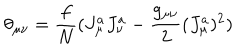
LaTeX: \theta _ { \mu \nu } = \frac { f } { N } ( J _ { \mu } ^ { a } J _ { \nu } ^ { a } - \frac { g _ { \mu \nu } } { 2 } ( J _ { \mu } ^ { a } ) ^ { 2 } )